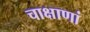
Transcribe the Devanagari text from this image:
चाक्षाणां